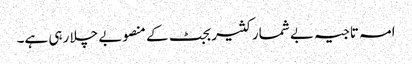
امہ تاجیہ بے شمار کثیر بجٹ کے منصوبے چلا رہی ہے۔